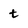
Character: t